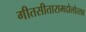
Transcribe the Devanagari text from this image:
गीतसीतारामदोलोत्सव